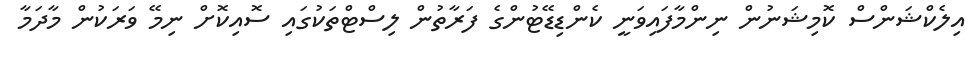
އިލެކްޝަންސް ކޮމިޝަނުން ނިންމާފައިވަނީ ކެންޑިޑޭޓުންގެ ފަރާތުން ލިސްޓްތަކުގައި ސޮއިކޮށް ނިމޭ ވަރަކުން މާދަމާ